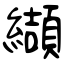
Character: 纈